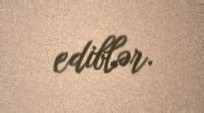
ediblər.